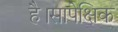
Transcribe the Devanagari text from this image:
है।सापेक्षिक